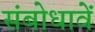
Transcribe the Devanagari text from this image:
संबोधावें